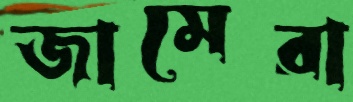
জামেরা